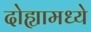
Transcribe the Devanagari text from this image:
दोह्यामध्ये